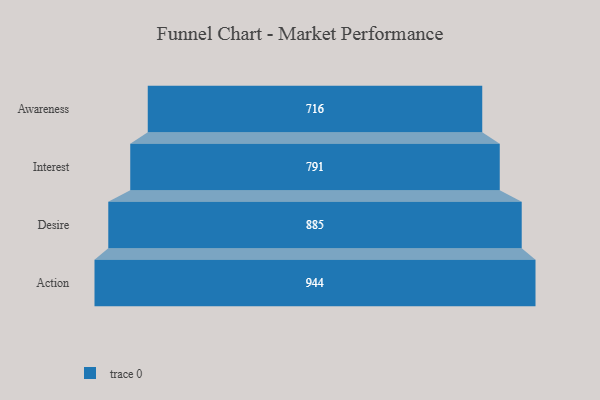
{"axis": {"x": "Stage", "y": "Value"}, "legend": [""], "data": [{"x": "Awareness", "y": 716.0, "type": ""}, {"x": "Interest", "y": 791.0, "type": ""}, {"x": "Desire", "y": 885.0, "type": ""}, {"x": "Action", "y": 944.0, "type": ""}]}